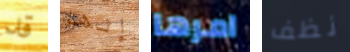
قد إنها امرها نظف